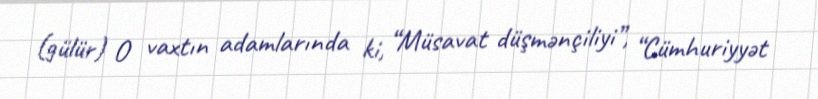
(gülür) O vaxtın adamlarında ki, “Müsavat düşmənçiliyi”, “Cümhuriyyət